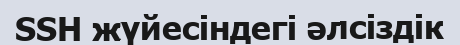
SSH жүйесіндегі әлсіздік